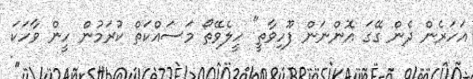
އަހަރެން ދެން ގޭގަ އޮންނަން ފޫހިވާތީ" ހީލެވޭތޯ މަސައްކަތް ކުރަމުން ހީން ވާހަކަ